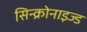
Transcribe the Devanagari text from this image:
सिन्क्रोनाइज्ड